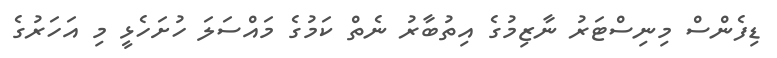
ޑިފެންސް މިނިސްޓަރު ނާޒިމުގެ އިތުބާރު ނެތް ކަމުގެ މައްސަލަ ހުށަހެޅީ މި އަހަރުގެ